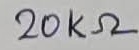
Text: 20KΩ